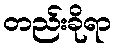
တည်းခိုရာ